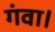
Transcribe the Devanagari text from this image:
गंवा।